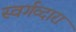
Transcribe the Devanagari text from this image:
स्वर्गव्दारा